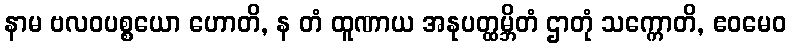
နာမ ဗလဝပစ္စယော ဟောတိ, န တံ ထူဏာယ အနုပတ္ထမ္ဘိတံ ဌာတုံ သက္ကောတိ, ဧဝမေဝ